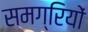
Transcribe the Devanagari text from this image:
समग्रियों